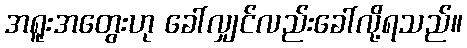
အရူးအတွေးဟု ခေါ်လျှင်လည်းခေါ်လို့ရသည်။